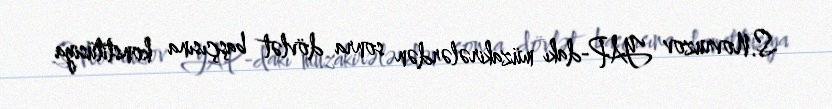
S.Novruzov YAP-dakı müzakirələrdən sonra dövlət başçısına konstitusiya